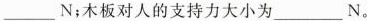
___N；木板对人的支持力大小为___N。